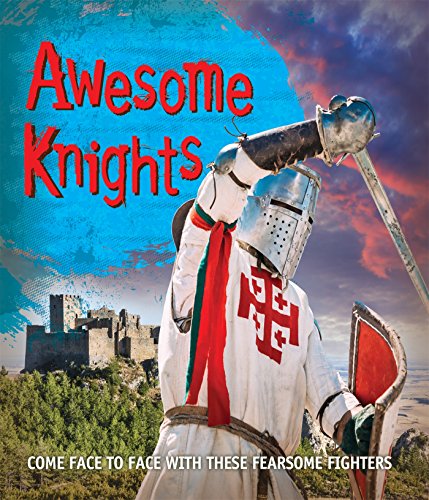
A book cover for Awesome Knights: Come face to face with these fearsome fighters (Fast Facts); Editors of Kingfisher; Children's Books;